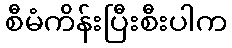
စီမံကိန်းပြီးစီးပါက